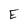
Character: E